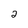
Character: 2